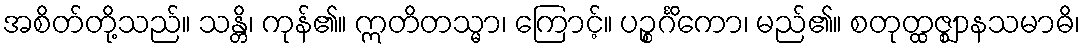
အစိတ်တို့သည်။ သန္တိ၊ ကုန်၏။ ဣတိတသ္မာ၊ ကြောင့်။ ပဉ္စင်္ဂိကော၊ မည်၏။ စတုတ္ထဇ္ဈာနသမာဓိ၊